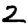
Digit: 2